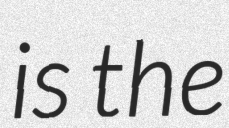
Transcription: is the